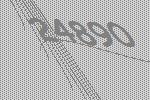
24890